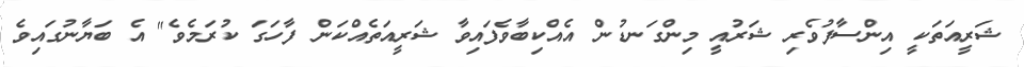
ޝަރީއަތަކީ އިންސާފުވެރި ޝަރުއީ މިންގަނޑުން އެއްކިބާވެފައިވާ ޝަރީއަތެއްކަން ފާހަގަ ކުރަމެވެ" އެ ބަޔާނުގައިވެ